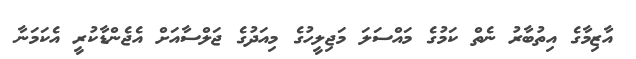
އާޒިމާގެ އިތުބާރު ނެތް ކަމުގެ މައްސަލަ މަޖިލީހުގެ މިއަދުގެ ޖަލްސާއަށް އެޖެންޑާކުރީ އެކަމަނާ